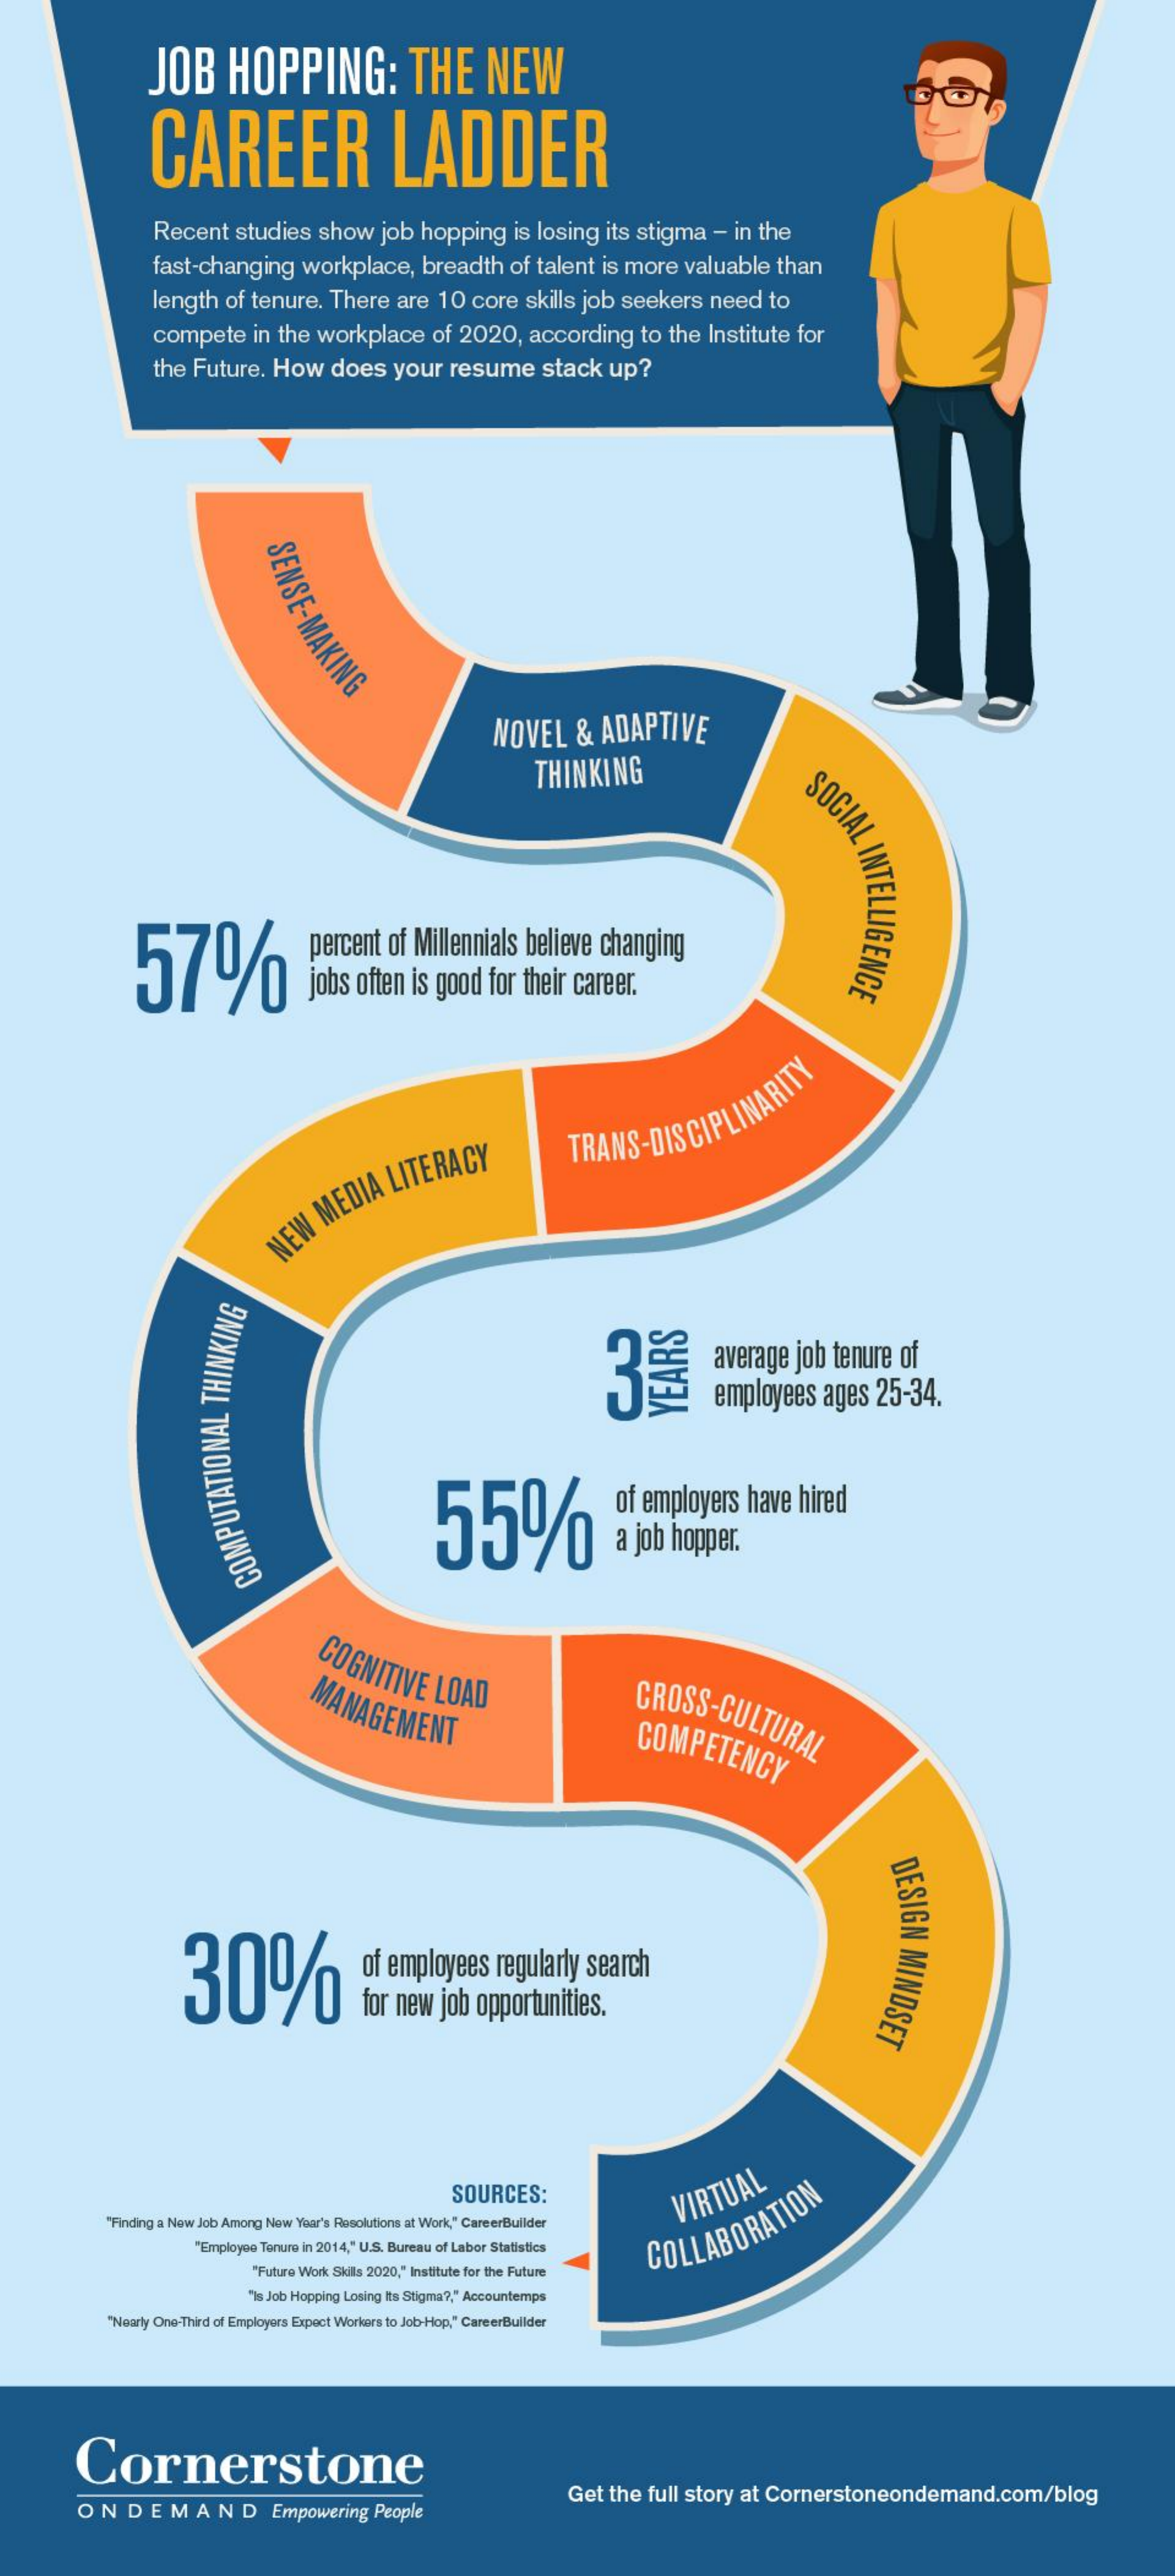
JOB    HOPPING:    THE    NEW
     CAREER    LADDER
     Recent    studies    show    job  hopping    is losing    its  stigma    -  in the
     fast-changing    workplace,    breadth    of  talent    is more    valuable    than
     length    of  tenure.    There    are   10   core    skills  job  seekers    need    to
     compete    in  the   workplace    of  2020,    according    to  the   Institute    for
     the  Future.    How    does    your    resume    stack    up?
     SENSE-MAKING
     NOVEL    &    ADAPTIVE
     THINKING
     SOCIAL
     INTELLIGENCE 57%
     percent    of Millennials    believe    changing
     jobs  often   is  good    for their  career.
     TRANS-DISCIPLINARITY
     NEW
     MEDIA
     LITERACY
     average    job   tenure    of
     employees    ages   25-34.
     YEARS
     55%
     of  employers    have   hired
     a job   hopper.
     COMPUTATIONAL
     THINKING
     COGNITIVE
     LOAD MANAGEMENT    CROSS-CULTURAL COMPETENCY
     DESIGN
     MINDSET 30% of employees regularly search
     for  new   job   opportunities.
     SOURCES:
     "Finding a New Job Among Now Year's Rosolutions at Work," CareerBuilder
     VIRTUAL
     "Employee Tenure in 2014," U.S. Bureau of Labor Statistics
     Future Work Skills 2020," Institute for the Future
     COLLABORATION
     "Is Job Hopping Losing Its Stigma ?, " Accountemps
     "Nearly One-Third of Employers Expect Workers to Job-Hop," CareerBuilder
     Cornerstone
     ONDEMAND    Empowering    People
     Get   the  full  story   at Cornerstoneondemand.com/blog